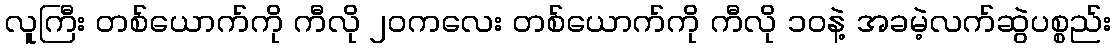
လူကြီး တစ်ယောက်ကို ကီလို ၂၀ကလေး တစ်ယောက်ကို ကီလို ၁၀နဲ့ အခမဲ့လက်ဆွဲပစ္စည်း